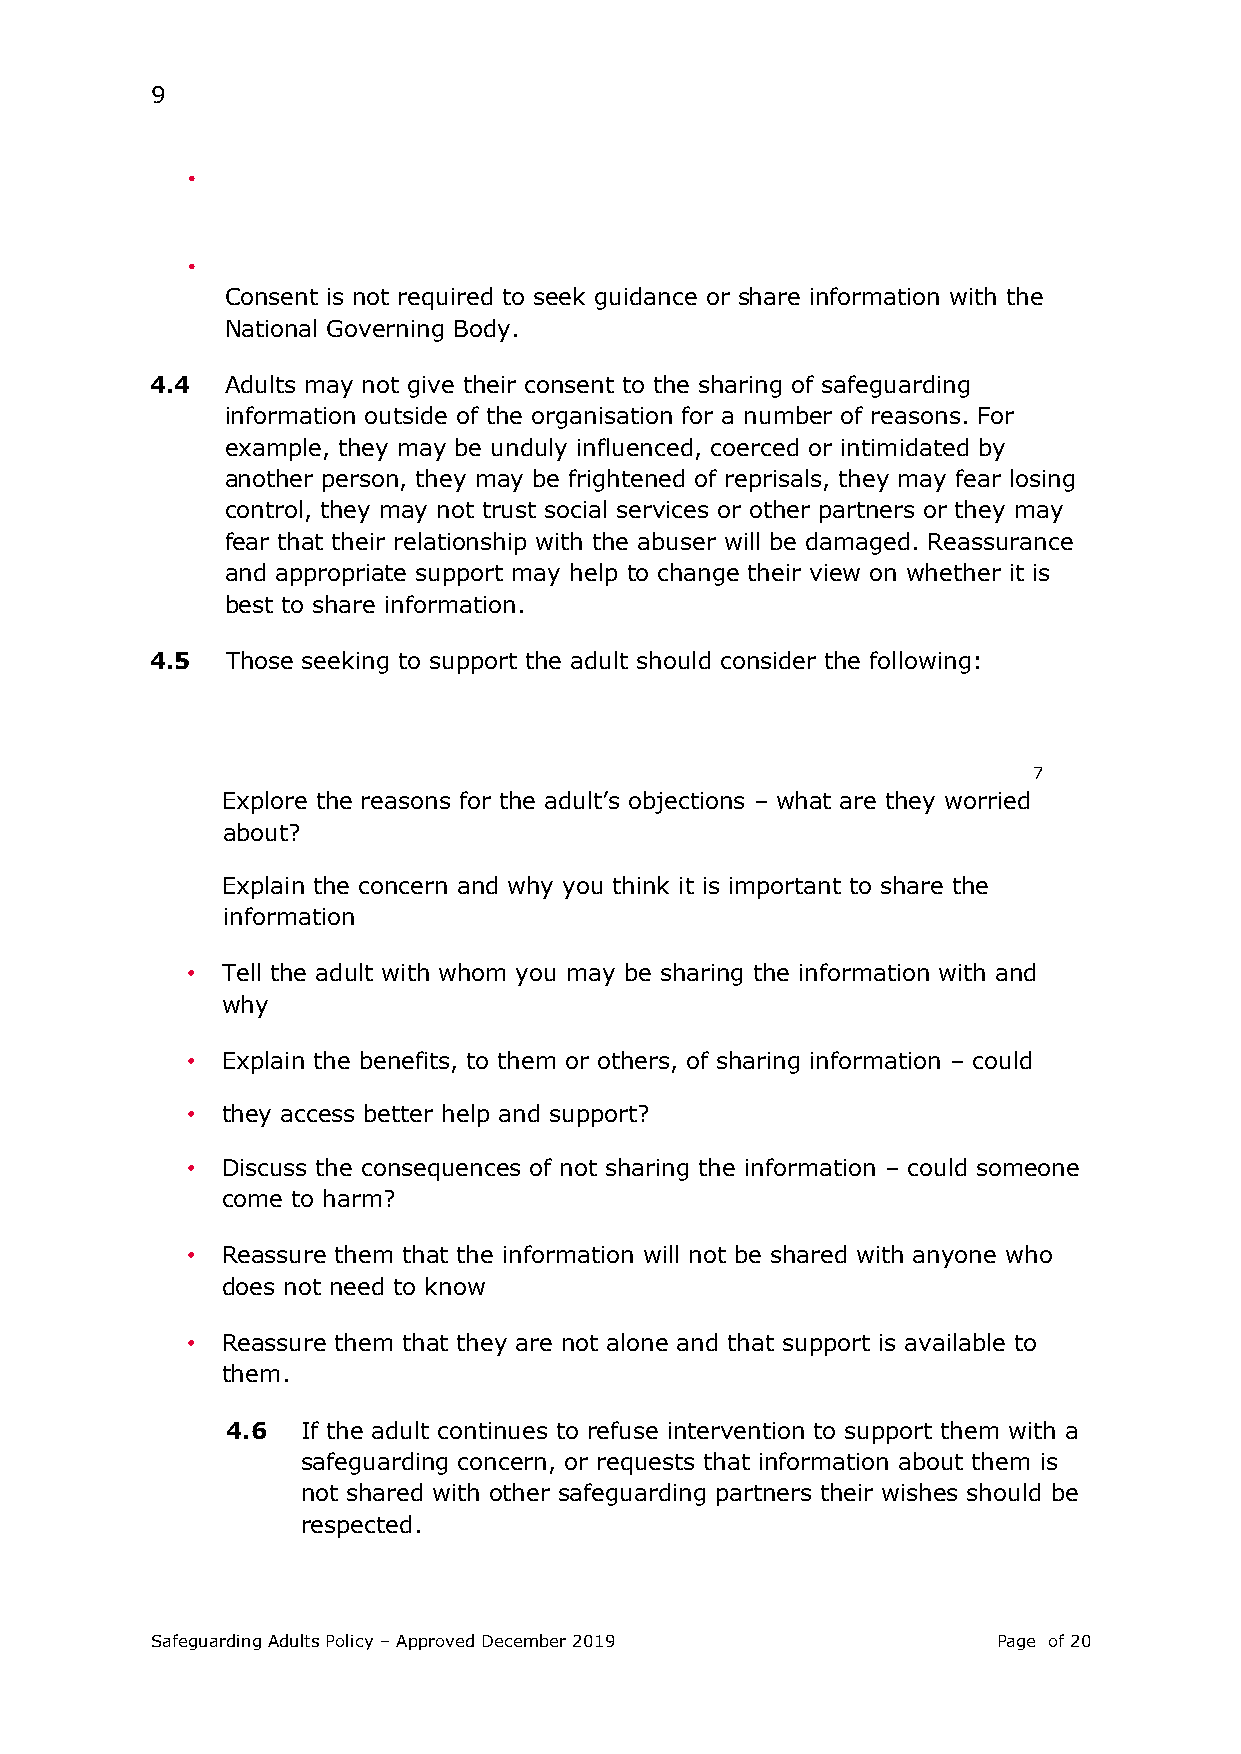
9
 •
 •
 Consent is not required to seek guidance or share information with the
 National Governing Body.
 4.4  Adults may not give their consent to the sharing of safeguarding
 information outside of the organisation for a number of reasons. For
 example, they may be unduly influenced, coerced or intimidated by
 another person, they may be frightened of reprisals, they may fear losing
 control, they may not trust social services or other partners or they may
 fear that their relationship with the abuser will be damaged. Reassurance
 and appropriate support may help to change their view on whether it is
 best to share information.
 4.5  Those seeking to support the adult should consider the following:
 7
 Explore the reasons for the adult’s objections – what are they worried
 about?
 Explain the concern and why you think it is important to share the
 information
 •  Tell the adult with whom you may be sharing the information with and
 why
 •  Explain the benefits, to them or others, of sharing information – could
 •  they access better help and support?
 •  Discuss the consequences of not sharing the information – could someone
 come to harm?
 •  Reassure them that the information will not be shared with anyone who
 does not need to know
 •  Reassure them that they are not alone and that support is available to
 them.
 4.6  If the adult continues to refuse intervention to support them with a
 safeguarding concern, or requests that information about them is
 not shared with other safeguarding partners their wishes should be
 respected.
 Safeguarding Adults Policy – Approved December 2019     Page of 20